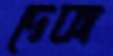
দেকা